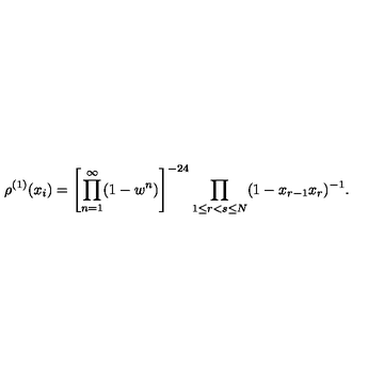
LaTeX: \rho ^ { ( 1 ) } ( x _ { i } ) = \left[ \prod _ { n = 1 } ^ { \infty } ( 1 - w ^ { n } ) \right] ^ { - 2 4 } \prod _ { 1 \leq r < s \leq N } ( 1 - x _ { r - 1 } x _ { r } ) ^ { - 1 } .